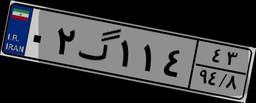
۰۲گ۱۱۴۴۳